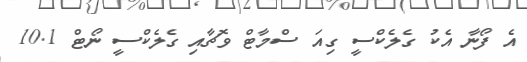
އެ ފޯނާ އެކު ގެލެކްސީ ގިއަ ސްމާޓް ވޮޗާއި ގެލެކްސީ ނޯޓް 10.1